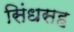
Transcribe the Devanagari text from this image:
सिंधसह